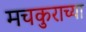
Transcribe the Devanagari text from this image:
मचकुराच्या